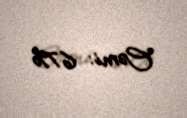
Cəmi: 67%